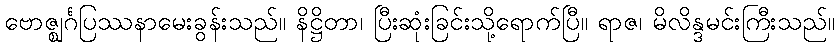
ဗောဇ္ဈင်္ဂပြဿနာမေးခွန်းသည်။ နိဋ္ဌိတာ၊ ပြီးဆုံးခြင်းသို့ရောက်ပြီ။ ရာဇ၊ မိလိန္ဒမင်းကြီးသည်။